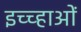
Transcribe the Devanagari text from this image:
इच्च्हाओं